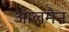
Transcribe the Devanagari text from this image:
आलमैन